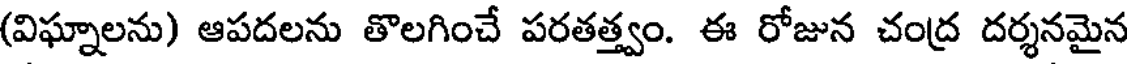
(విఘ్నాలను) ఆపదలను తొలగించే పరతత్త్వం. ఈ రోజున చంద్ర దర్శనమైన